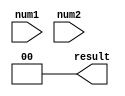
module serial_comparator (
    input wire [7:0] num1,
    input wire [7:0] num2,
    output wire [1:0] result
);

reg [2:0] index;
reg [1:0] equal;

always @ (posedge clk) begin
    if (index < 8) begin
        if (num1[index] == num2[index]) begin
            equal[index] <= 2'b01; // bit at index is equal
        end else begin
            if (num1[index] > num2[index]) begin
                equal[index] <= 2'b10; // bit at index is greater in num1
            end else begin
                equal[index] <= 2'b00; // bit at index is greater in num2
            end
        end
        index <= index + 1;
    end
end

assign result = (equal[2] == 2'b00) ? 2'b10 : 
                (equal[2] == 2'b01) ? 2'b01 : 2'b00;

endmodule